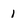
Character: 1